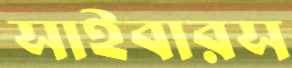
সাইবারস